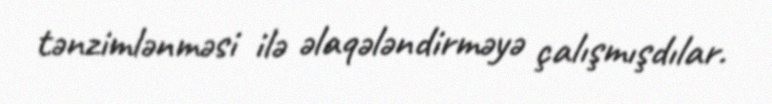
tənzimlənməsi ilə əlaqələndirməyə çalışmışdılar.